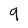
Character: 9